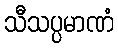
သီသပ္ပမာဏံ